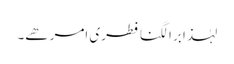
لہٰذا برا لگنا فطری امر ھے۔